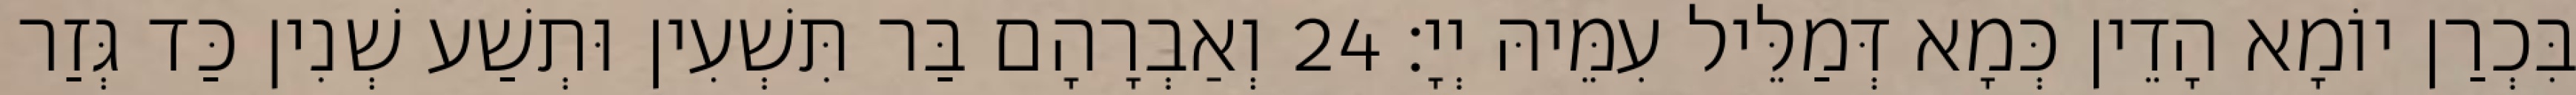
בִּכְרַן יוֹמָא הָדֵין כְּמָא דְּמַלֵּיל עִמֵּיהּ יְיָ׃ 24 וְאַבְרָהָם בַּר תִּשְׁעִין וּתְשַׁע שְׁנִין כַּד גְּזַר